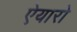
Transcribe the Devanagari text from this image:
ऐयारो